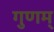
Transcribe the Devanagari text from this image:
गुणम्